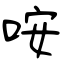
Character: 咹